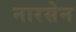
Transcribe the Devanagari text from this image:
नारसेन